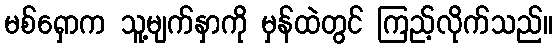
မစ်ရှောက သူ့မျက်နှာကို မှန်ထဲတွင် ကြည့်လိုက်သည်။